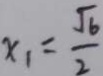
x _ { 1 } = \frac { \sqrt { 6 } } { 2 }